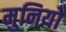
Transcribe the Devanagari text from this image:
मुनियो